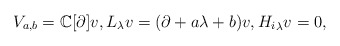
\begin{align*}V_{a,b}=\mathbb{C}[\partial]v,L_\lambda v=(\partial+a\lambda+b)v,{H_i}_\lambda v=0, \end{align*}